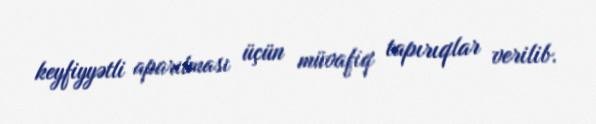
keyfiyyətli aparılması üçün müvafiq tapırıqlar verilib.